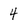
Character: 4